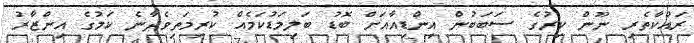
ރައްކާތެރި ނޫން ކިރުގެ ސަބަބުން އިންޑިއާއަށް ބޮޑު ބަލިމަޑުކަމެއް ކުރިމަތިވެދާނެ ކަމުގެ އިންޒާރު